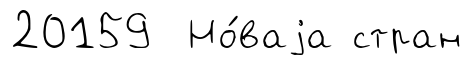
20159 Но́ваjа стран